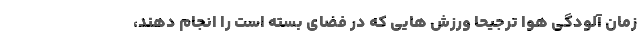
زمان آلودگی هوا ترجیحا ورزش هایی که در فضای بسته است را انجام دهند،